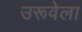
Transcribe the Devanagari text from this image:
उरूवेला